Source: Handwritten
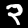
Digit: ၃ (3)